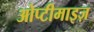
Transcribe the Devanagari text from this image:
ओप्टीमाइज़